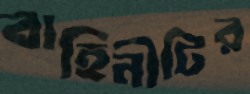
বাহিনীটির